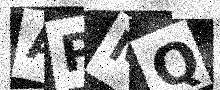
Text: APMQ